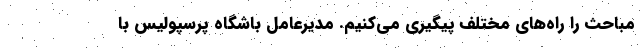
مباحث را راه‌های مختلف پیگیری می‌کنیم. مدیرعامل باشگاه پرسپولیس با